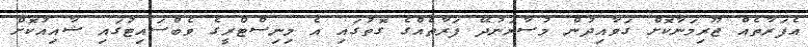
އެފަރާތެއް ޖޫރިމަނާކޮށް ގަވާއިދުން މުސާރަނުދޭ ފަރާތެއްގެ ގޮތުގައި އެ މިނިސްޓްރީގެ ވެބްސައިޓުގައި ޝާއިއުކޮށް